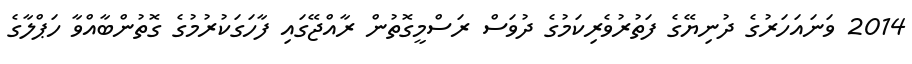
2014 ވަނައަހަރުގެ ދުނިޔޭގެ ފަތުރުވެރިކަމުގެ ދުވަސް ރަސްމީގޮތުން ރާއްޖޭގައި ފާހަގަކުރުމުގެ ގޮތުންބާއްވާ ހަޕްލާގެ